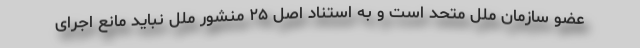
عضو سازمان ملل متحد است و به استناد اصل ۲۵ منشور ملل نباید مانع اجرای